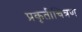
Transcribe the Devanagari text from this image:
प्रकृतीचित्रण